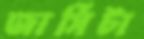
জার্সিটা